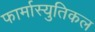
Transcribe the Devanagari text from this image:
फार्मास्युतिकल